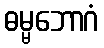
ဓမ္မဘောဂံ